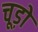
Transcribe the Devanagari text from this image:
चूड़ो